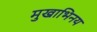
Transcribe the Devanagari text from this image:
मुखाभिनय